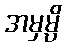
အမှမ္ပိ